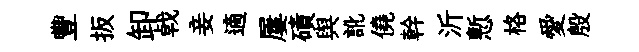
豐扳卸㦸妾適屢磧舆訛僥幹沂慙格愛殷